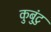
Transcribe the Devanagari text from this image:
कुबुंटु